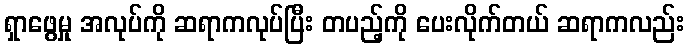
ရှာဖွေမှု အလုပ်ကို ဆရာကလုပ်ပြီး တပည့်ကို ပေးလိုက်တယ် ဆရာကလည်း